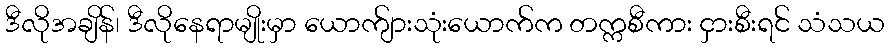
ဒီလိုအချိန်၊ ဒီလိုနေရာမျိုးမှာ ယောက်ျားသုံးယောက်က တက္ကစီကား ငှားစီးရင် သံသယ